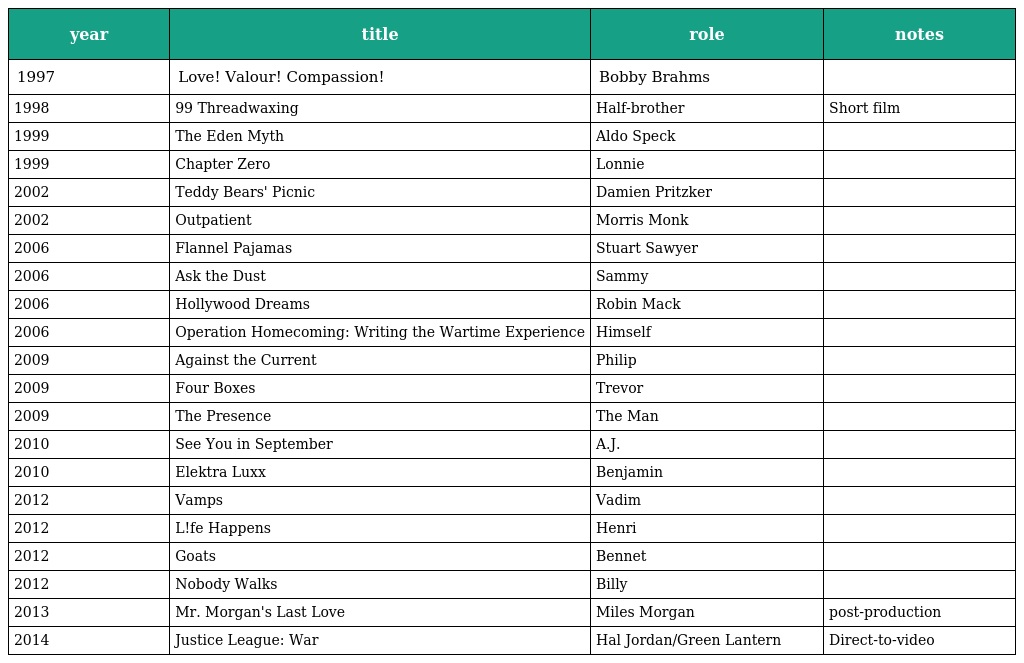
| year | title | role | notes |
 | --- | --- | --- | --- |
 | 1997 | Love! Valour! Compassion! | Bobby Brahms |  |
 | 1998 | 99 Threadwaxing | Half-brother | Short film |
 | 1999 | The Eden Myth | Aldo Speck |  |
 | 1999 | Chapter Zero | Lonnie |  |
 | 2002 | Teddy Bears' Picnic | Damien Pritzker |  |
 | 2002 | Outpatient | Morris Monk |  |
 | 2006 | Flannel Pajamas | Stuart Sawyer |  |
 | 2006 | Ask the Dust | Sammy |  |
 | 2006 | Hollywood Dreams | Robin Mack |  |
 | 2006 | Operation Homecoming: Writing the Wartime Experience | Himself |  |
 | 2009 | Against the Current | Philip |  |
 | 2009 | Four Boxes | Trevor |  |
 | 2009 | The Presence | The Man |  |
 | 2010 | See You in September | A.J. |  |
 | 2010 | Elektra Luxx | Benjamin |  |
 | 2012 | Vamps | Vadim |  |
 | 2012 | L!fe Happens | Henri |  |
 | 2012 | Goats | Bennet |  |
 | 2012 | Nobody Walks | Billy |  |
 | 2013 | Mr. Morgan's Last Love | Miles Morgan | post-production |
 | 2014 | Justice League: War | Hal Jordan/Green Lantern | Direct-to-video |